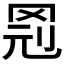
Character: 𱺽